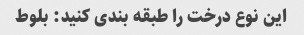
این نوع درخت را طبقه بندی کنید: بلوط